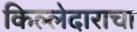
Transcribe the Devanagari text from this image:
किल्लेदाराचा